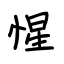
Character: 惺